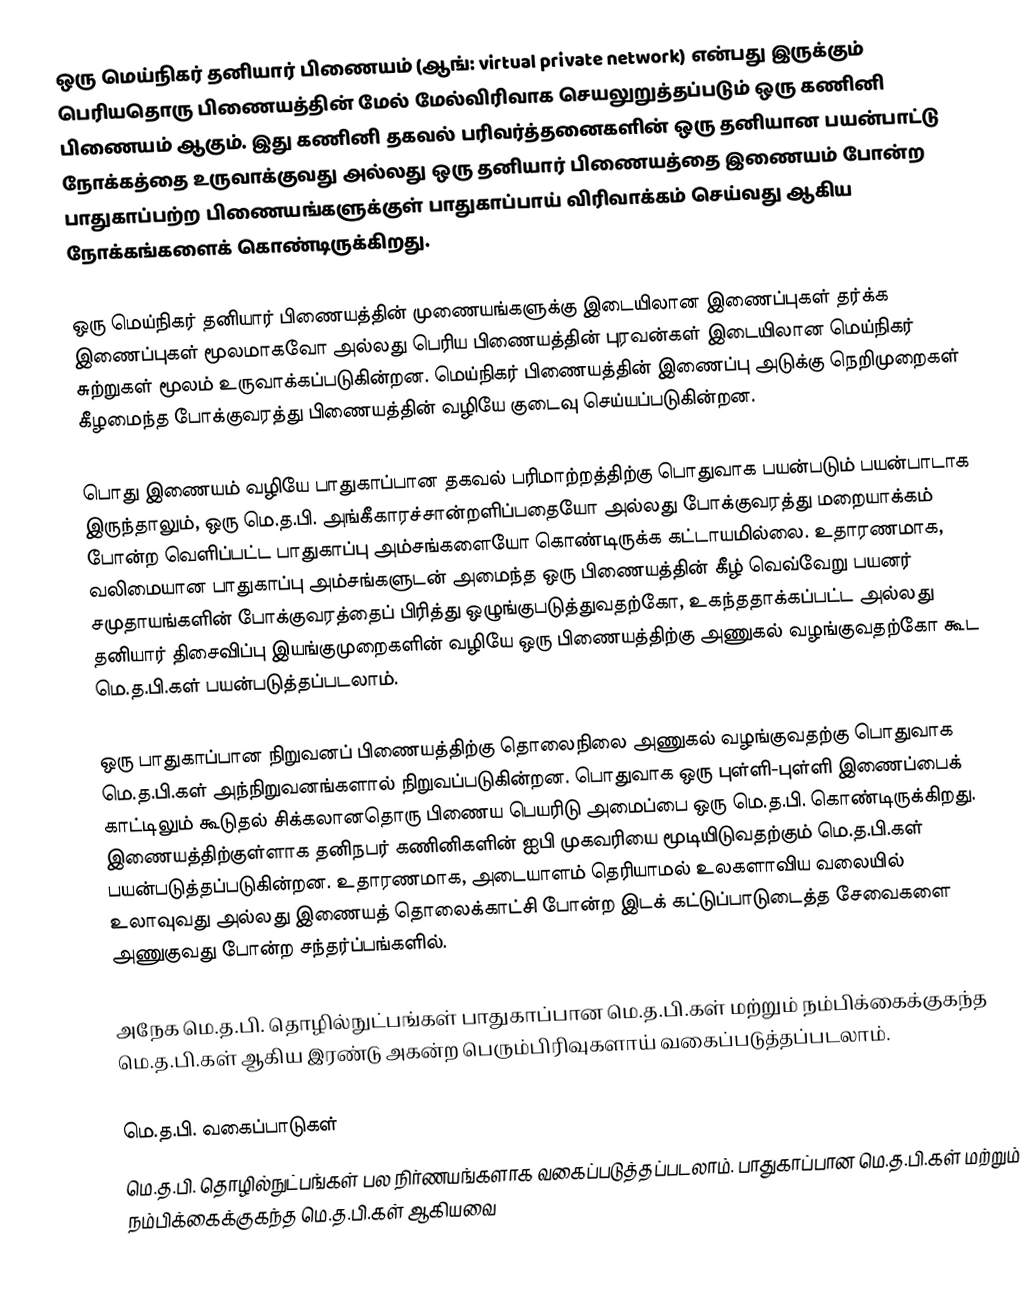
ஒரு மெய்நிகர் தனியார் பிணையம் (ஆங்: virtual private network) என்பது இருக்கும் பெரியதொரு பிணையத்தின் மேல் மேல்விரிவாக செயலுறுத்தப்படும் ஒரு கணினி பிணையம் ஆகும். இது கணினி தகவல் பரிவர்த்தனைகளின் ஒரு தனியான பயன்பாட்டு நோக்கத்தை உருவாக்குவது அல்லது ஒரு தனியார் பிணையத்தை இணையம் போன்ற பாதுகாப்பற்ற பிணையங்களுக்குள் பாதுகாப்பாய் விரிவாக்கம் செய்வது ஆகிய நோக்கங்களைக் கொண்டிருக்கிறது.

ஒரு மெய்நிகர் தனியார் பிணையத்தின் முணையங்களுக்கு இடையிலான இணைப்புகள் தர்க்க இணைப்புகள் மூலமாகவோ அல்லது பெரிய பிணையத்தின் புரவன்கள் இடையிலான மெய்நிகர் சுற்றுகள் மூலம் உருவாக்கப்படுகின்றன. மெய்நிகர் பிணையத்தின் இணைப்பு அடுக்கு நெறிமுறைகள் கீழமைந்த போக்குவரத்து பிணையத்தின் வழியே குடைவு செய்யப்படுகின்றன.

பொது இணையம் வழியே பாதுகாப்பான தகவல் பரிமாற்றத்திற்கு பொதுவாக பயன்படும் பயன்பாடாக இருந்தாலும், ஒரு மெ.த.பி. அங்கீகாரச்சான்றளிப்பதையோ அல்லது போக்குவரத்து மறையாக்கம் போன்ற வெளிப்பட்ட பாதுகாப்பு அம்சங்களையோ கொண்டிருக்க கட்டாயமில்லை. உதாரணமாக, வலிமையான பாதுகாப்பு அம்சங்களுடன் அமைந்த ஒரு பிணையத்தின் கீழ் வெவ்வேறு பயனர் சமுதாயங்களின் போக்குவரத்தைப் பிரித்து ஒழுங்குபடுத்துவதற்கோ, உகந்ததாக்கப்பட்ட அல்லது தனியார் திசைவிப்பு இயங்குமுறைகளின் வழியே ஒரு பிணையத்திற்கு அணுகல் வழங்குவதற்கோ கூட மெ.த.பி.கள் பயன்படுத்தப்படலாம்.

ஒரு பாதுகாப்பான நிறுவனப் பிணையத்திற்கு தொலைநிலை அணுகல் வழங்குவதற்கு பொதுவாக மெ.த.பி.கள் அந்நிறுவனங்களால் நிறுவப்படுகின்றன. பொதுவாக ஒரு புள்ளி-புள்ளி இணைப்பைக் காட்டிலும் கூடுதல் சிக்கலானதொரு பிணைய பெயரிடு அமைப்பை ஒரு மெ.த.பி. கொண்டிருக்கிறது. இணையத்திற்குள்ளாக தனிநபர் கணினிகளின் ஐபி முகவரியை மூடியிடுவதற்கும் மெ.த.பி.கள் பயன்படுத்தப்படுகின்றன. உதாரணமாக, அடையாளம் தெரியாமல் உலகளாவிய வலையில் உலாவுவது அல்லது இணையத் தொலைக்காட்சி போன்ற இடக் கட்டுப்பாடுடைத்த சேவைகளை அணுகுவது போன்ற சந்தர்ப்பங்களில்.

அநேக மெ.த.பி. தொழில்நுட்பங்கள் பாதுகாப்பான மெ.த.பி.கள் மற்றும் நம்பிக்கைக்குகந்த மெ.த.பி.கள் ஆகிய இரண்டு அகன்ற பெரும்பிரிவுகளாய் வகைப்படுத்தப்படலாம்.

மெ.த.பி. வகைப்பாடுகள்
மெ.த.பி. தொழில்நுட்பங்கள் பல நிர்ணயங்களாக வகைப்படுத்தப்படலாம். பாதுகாப்பான மெ.த.பி.கள் மற்றும் நம்பிக்கைக்குகந்த மெ.த.பி.கள் ஆகியவை